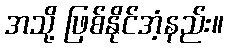
အသို့ ဖြစ်နိုင်အံ့နည်း။